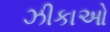
ઝીકાઓ